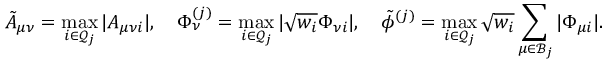
\tilde { A } _ { \mu \nu } = \operatorname* { m a x } _ { i \in \mathcal { Q } _ { j } } \vert A _ { \mu \nu i } \vert , \quad \Phi _ { \nu } ^ { ( j ) } = \operatorname* { m a x } _ { i \in \mathcal { Q } _ { j } } \vert \sqrt { w _ { i } } \Phi _ { \nu i } \vert , \quad \tilde { \phi } ^ { ( j ) } = \operatorname* { m a x } _ { i \in \mathcal { Q } _ { j } } \sqrt { w _ { i } } \sum _ { \mu \in \mathcal { B } _ { j } } \vert \Phi _ { \mu i } \vert .